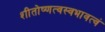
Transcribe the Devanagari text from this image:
शीतोष्णत्वस्वभावत्वं